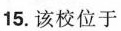
15. 该校位于